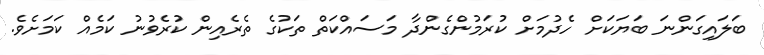
ބަލައިގަންނަ ބަޔަކަށް ހެދުމަށް ކުރަމުންގެންދާ މަސައްކަތް ތަކުގެ ތެރެއިން ކުރެވުނު ކަމެއް ކަމަށެވެ.